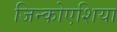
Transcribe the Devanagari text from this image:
जिन्कोएशिया